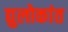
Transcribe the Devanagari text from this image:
द्युलोकांत